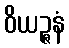
ဝိယဉ္ဇနံ